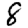
Digit: 8